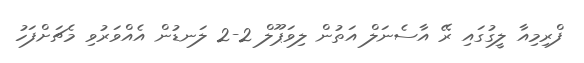
ފްރިމިއާ ލީގުގައި ރޭ އާސެނަލް އަތުން ލިވަޕޫލް 2-2 ލަނޑުން އެއްވަރުވި މެޗަށްފަހު